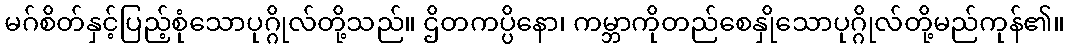
မဂ်စိတ်နှင့်ပြည့်စုံသောပုဂ္ဂိုလ်တို့သည်။ ဌိတကပ္ပိနော၊ ကမ္ဘာကိုတည်စေနှိုသောပုဂ္ဂိုလ်တို့မည်ကုန်၏။